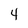
Character: 4